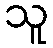
သူ